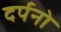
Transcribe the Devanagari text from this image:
दर्पनो